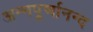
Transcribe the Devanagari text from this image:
अन्नपूर्णानन्द